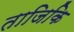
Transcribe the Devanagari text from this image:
ताजिकि